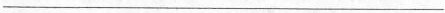
___